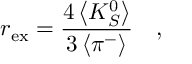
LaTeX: r _ { \mathrm { e x } } = \frac { 4 \left< K _ { S } ^ { 0 } \right> } { 3 \left< \pi ^ { - } \right> } \quad ,